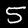
Digit: 5